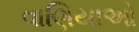
વાણિયાઓ